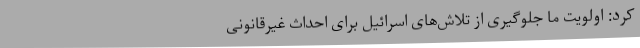
کرد: اولویت‌ ما جلوگیری از تلاش‌های اسرائیل برای احداث غیرقانونی